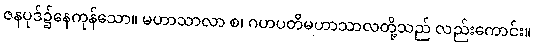
ဇနပုဒ်၌နေကုန်သော။ မဟာသာလာ စ၊ ဂဟပတိမဟာသာလတို့သည် လည်းကောင်း။